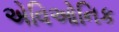
એવિઓનિક